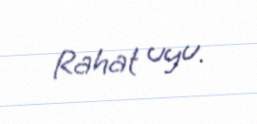
Rahat uyu.